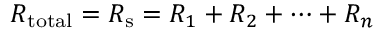
R _ { \mathrm { t o t a l } } = R _ { \mathrm { s } } = R _ { 1 } + R _ { 2 } + \cdots + R _ { n }